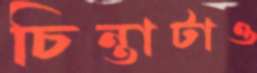
চিন্তাটাও